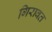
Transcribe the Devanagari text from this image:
गिरावत